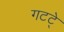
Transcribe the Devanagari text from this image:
गटटे्